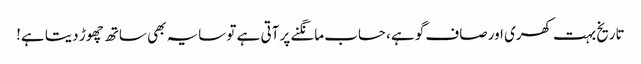
تاریخ بہت کھری اور صاف گو ہے، حساب مانگنے پر آتی ہے تو سایہ بھی ساتھ چھوڑ دیتا ہے!